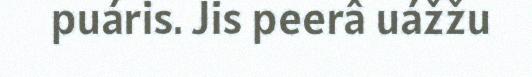
puáris. Jis peerâ uážžu